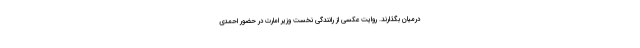
درمیان بگذارند. روایت عکسی از رانندگی نخست وزیر امارت در حضور احمدی